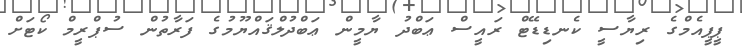
ޕީޕީއެމްގެ ރިޔާސީ ކެނޑިޑޭޓް ރައީސް ޢަބްދު ޔާމީން ޢަބްދުލްޤައްޔޫމުގެ ފަރާތުން ސުޕްރީމް ކޯޓަށް